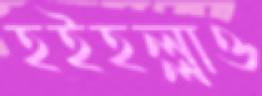
হইহল্লাও